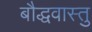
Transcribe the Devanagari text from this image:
बौद्धवास्तु